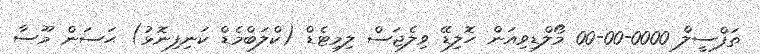
ތަފްސީލް 0000-00-00 މޯލްޑިވިއަން ހޮލިޑޭ ވިލެޖަސް ލިމިޓެޑް (ކްލަބްމެޑް ކަނިފިނޮޅު) ޙަސަން މޫސާ